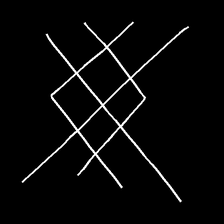
Glyph: crystal